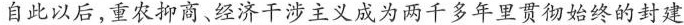
自此以后,重农抑商、经济干涉主义成为两千多年里贯彻始终的封建